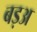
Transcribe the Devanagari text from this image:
बड़अ